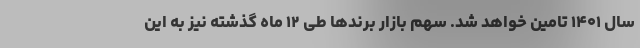
سال ۱۴۰۱ تامین خواهد شد. سهم بازار برندها طی ۱۲ ماه گذشته نیز به این